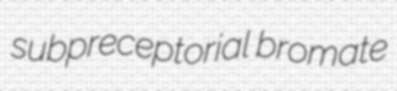
subpreceptorial bromate